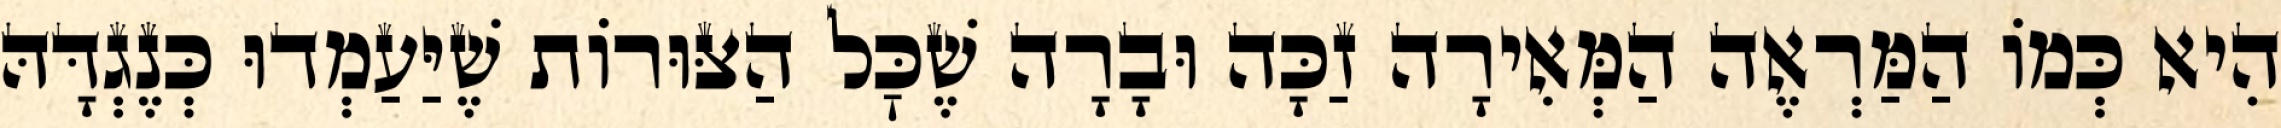
הִיא כְּמוֹ הַמַּרְאֶה הַמְּאִירָה זַכָּה וּבָרָה שֶׁכׇּל הַצּוּרוֹת שֶׁיַּעַמְדוּ כְּנֶגְדָּהּ